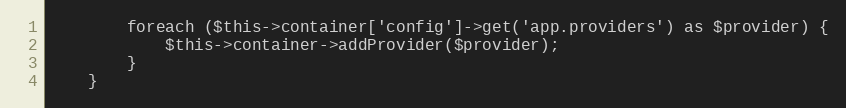
Language: PHP
        foreach ($this->container['config']->get('app.providers') as $provider) {
            $this->container->addProvider($provider);
        }
    }